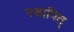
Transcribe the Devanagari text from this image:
स्थापित्